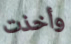
وأخذت